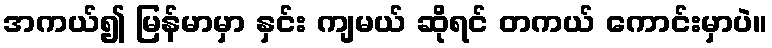
အကယ်၍ မြန်မာမှာ နှင်း ကျမယ် ဆိုရင် တကယ် ကောင်းမှာပဲ။